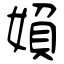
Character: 媍